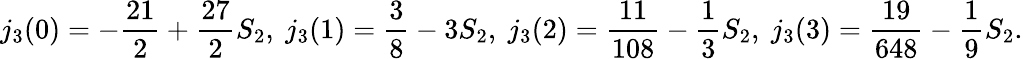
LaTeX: j_{3}(0)=-\frac{21}{2}+\frac{27}{2}S_{2},~j_{3}(1)=\frac{3}{8}-3S_{2},~j_{3}(2)=\frac{11}{108}-\frac{1}{3}S_{2},~j_{3}(3)=\frac{19}{648}-\frac{1}{9}S_{2}.